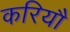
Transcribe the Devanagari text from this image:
करियौ